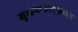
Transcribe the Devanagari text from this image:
मुझफ्फरपूरच्या